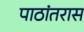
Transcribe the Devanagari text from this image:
पाठांतरास